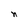
Character: n